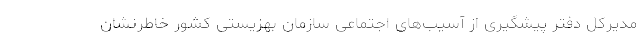
مدیرکل دفتر پیشگیری از آسیب‌های اجتماعی سازمان بهزیستی کشور خاطرنشان